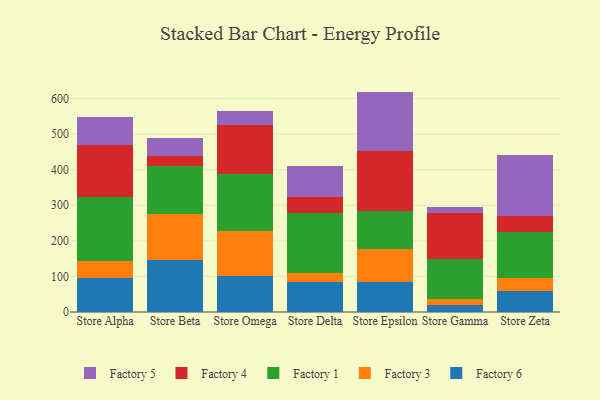
{"axis": {"x": "Store", "y": "Tickets Resolved"}, "legend": ["Factory 1", "Factory 3", "Factory 4", "Factory 5", "Factory 6"], "data": [{"x": "Store Alpha", "y": 95.3, "type": "Factory 6"}, {"x": "Store Alpha", "y": 49.0, "type": "Factory 3"}, {"x": "Store Alpha", "y": 177.8, "type": "Factory 1"}, {"x": "Store Alpha", "y": 147.9, "type": "Factory 4"}, {"x": "Store Alpha", "y": 79.1, "type": "Factory 5"}, {"x": "Store Beta", "y": 145.9, "type": "Factory 6"}, {"x": "Store Beta", "y": 128.8, "type": "Factory 3"}, {"x": "Store Beta", "y": 134.5, "type": "Factory 1"}, {"x": "Store Beta", "y": 29.3, "type": "Factory 4"}, {"x": "Store Beta", "y": 49.8, "type": "Factory 5"}, {"x": "Store Omega", "y": 100.5, "type": "Factory 6"}, {"x": "Store Omega", "y": 126.0, "type": "Factory 3"}, {"x": "Store Omega", "y": 161.3, "type": "Factory 1"}, {"x": "Store Omega", "y": 138.2, "type": "Factory 4"}, {"x": "Store Omega", "y": 39.1, "type": "Factory 5"}, {"x": "Store Delta", "y": 85.5, "type": "Factory 6"}, {"x": "Store Delta", "y": 24.3, "type": "Factory 3"}, {"x": "Store Delta", "y": 168.1, "type": "Factory 1"}, {"x": "Store Delta", "y": 46.4, "type": "Factory 4"}, {"x": "Store Delta", "y": 85.1, "type": "Factory 5"}, {"x": "Store Epsilon", "y": 85.4, "type": "Factory 6"}, {"x": "Store Epsilon", "y": 91.8, "type": "Factory 3"}, {"x": "Store Epsilon", "y": 105.7, "type": "Factory 1"}, {"x": "Store Epsilon", "y": 168.5, "type": "Factory 4"}, {"x": "Store Epsilon", "y": 168.1, "type": "Factory 5"}, {"x": "Store Gamma", "y": 19.4, "type": "Factory 6"}, {"x": "Store Gamma", "y": 18.5, "type": "Factory 3"}, {"x": "Store Gamma", "y": 110.5, "type": "Factory 1"}, {"x": "Store Gamma", "y": 128.7, "type": "Factory 4"}, {"x": "Store Gamma", "y": 16.9, "type": "Factory 5"}, {"x": "Store Zeta", "y": 60.1, "type": "Factory 6"}, {"x": "Store Zeta", "y": 36.4, "type": "Factory 3"}, {"x": "Store Zeta", "y": 127.6, "type": "Factory 1"}, {"x": "Store Zeta", "y": 46.8, "type": "Factory 4"}, {"x": "Store Zeta", "y": 171.4, "type": "Factory 5"}]}